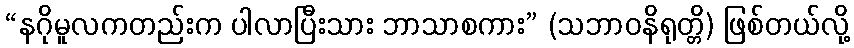
“နဂိုမူလကတည်းက ပါလာပြီးသား ဘာသာစကား” (သဘာဝနိရုတ္တိ) ဖြစ်တယ်လို့